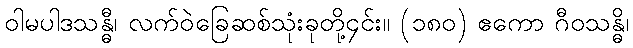
ဝါမပါဒသန္ဓီ၊ လက်ဝဲခြေဆစ်သုံးခုတို့၄င်း။ (၁၈၀) ဧကော ဂီဝသန္ဓိ၊